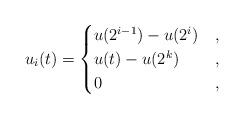
LaTeX: \begin{align*}u_i(t)=\begin{cases}u(2^{i-1})-u(2^{i})&,\\u(t)-u(2^k)&,\\0&,\end{cases}\end{align*}